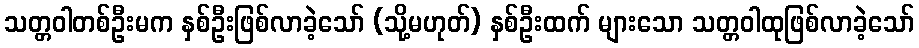
သတ္တဝါတစ်ဦးမက နှစ်ဦးဖြစ်လာခဲ့သော် (သို့မဟုတ်) နှစ်ဦးထက် များသော သတ္တဝါထုဖြစ်လာခဲ့သော်